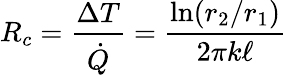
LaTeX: R_{c}={\frac{\Delta T}{\dot{Q}}}={\frac{\ln(r_{2}/r_{1})}{2\pi k\ell}}